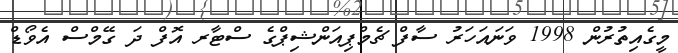
މީގެއިތުރުން 1998 ވަނައަހަރު ސާފް ޗެމްޕިއަންޝިޕްގެ ސްޓާރ އޮފް ދަ ގޭމްސް އެވޯޑް